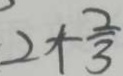
2 + \frac { 2 } { 3 }